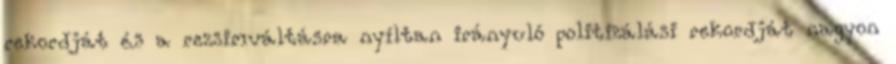
rekordját és a rezsimváltásra nyíltan irányuló politizálási rekordját nagyon